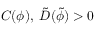
C ( \phi ) , \; \tilde { D } ( \tilde { \phi } ) > 0